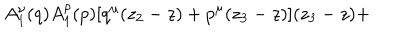
A _ { 1 } ^ { \nu } ( q ) A _ { 1 } ^ { \rho } ( p ) [ q ^ { \mu } ( z _ { 2 } - z ) + p ^ { \mu } ( z _ { 3 } - z ) ] ( z _ { 3 } - z ) +